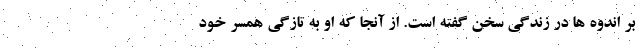
بر اندوه ها در زندگی سخن گفته است. از آنجا که او به تازگی همسر خود